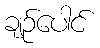
ချဉ်ပေါင်